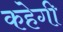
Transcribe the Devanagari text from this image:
कहेगी